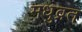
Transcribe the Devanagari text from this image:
मधुव्रत